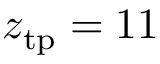
z _ { \mathrm { t p } } = 1 1